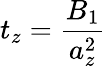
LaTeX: t_{z}=\frac{B_{1}}{a_{z}^{2}}